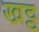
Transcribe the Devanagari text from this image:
खट्ट